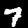
Label: 7